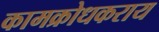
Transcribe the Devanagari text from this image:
कामक्रोधकराय